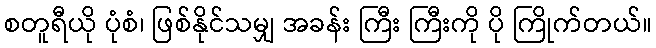
စတူရီယို ပုံစံ၊ ဖြစ်နိုင်သမျှ အခန်း ကြီး ကြီးကို ပို ကြိုက်တယ်။